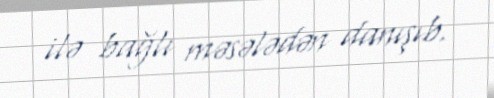
ilə bağlı məsələdən danışıb.